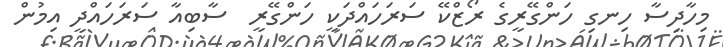
މިހާދިސާ ހިނގި ހަންގޭރީގެ ރޯޒްކޭ ސަރަހައްދަކީ ހަންގޭރީ  ސާބިއާ ސަރަހައްދީ އިމުން